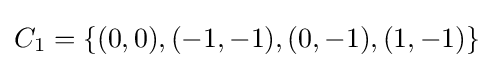
C_{1}=\{(0,0),(-1,-1),(0,-1),(1,-1)\}